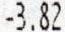
-3.82